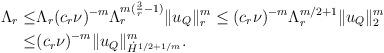
LaTeX: \begin{align*}\Lambda_r\leq&\Lambda_r (c_r\nu)^{-m}\Lambda_r^{m(\frac3r-1)}\|u_Q\|_r^m\leq(c_r\nu)^{-m}\Lambda_r^{m/2+1}\|u_Q\|_2^m\\\leq &(c_r\nu)^{-m}\|u_Q\|_{\dot H^{1/2+1/m}}^m.\end{align*}